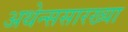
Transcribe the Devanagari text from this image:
अथेन्ससारख्या